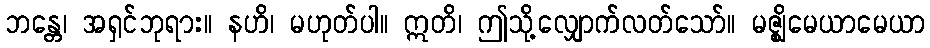
ဘန္တေ၊ အရှင်ဘုရား။ နဟိ၊ မဟုတ်ပါ။ ဣတိ၊ ဤသို့လျှောက်လတ်သော်။ မဇ္ဈိမေယာမေယာ